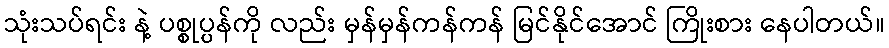
သုံးသပ်ရင်း နဲ့ ပစ္စုပ္ပန်ကို လည်း မှန်မှန်ကန်ကန် မြင်နိုင်အောင် ကြိုးစား နေပါတယ်။